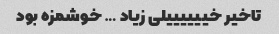
تاخیر خییییییلی زیاد … خوشمزه بود